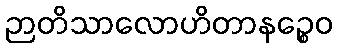
ဉာတိသာလောဟိတာနဉ္စေဝ